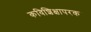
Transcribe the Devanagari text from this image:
कविशिक्षापरक